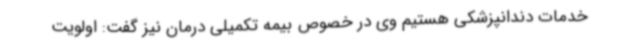
خدمات دندانپزشکی هستیم وی در خصوص بیمه تکمیلی درمان نیز گفت: اولویت